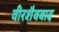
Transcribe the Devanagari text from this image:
वीरशैववाद